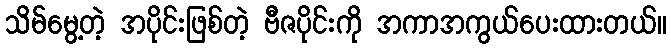
သိမ်မွေ့တဲ့ အပိုင်းဖြစ်တဲ့ ဗီဇပိုင်းကို အကာအကွယ်ပေးထားတယ်။